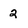
Character: 2